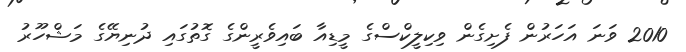
2010 ވަނަ އަހަރުން ފެށިގެން ވިކިލީކްސްގެ މީޑިއާ ބައިވެރީންގެ ގޮތުގައި ދުނިޔޭގެ މަޝްހޫރު